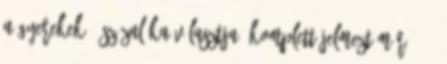
a gyerekek 5 százaléka választja. Komplett jelmezt már 3390